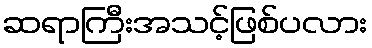
ဆရာကြီးအသင့်ဖြစ်ပလား